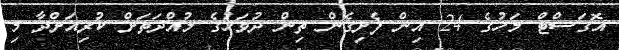
އޮގަސްޓް މަހުގެ 24 އިން ފެށިގެން ތިން ދުވަހުގެ މުއްދަތަށް ކުރިއަށްދާ މި